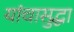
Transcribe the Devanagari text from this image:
यांचासुद्धा